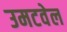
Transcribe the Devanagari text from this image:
उमटवेल